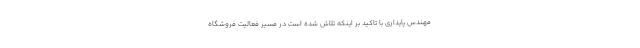
مهندس پایداری با تاکید بر اینکه تلاش شده است در مسیر فعالیت فروشگاه